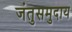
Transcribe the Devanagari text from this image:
जंतुसमुदाय